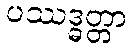
ပဿဒ္ဓတ္တာ